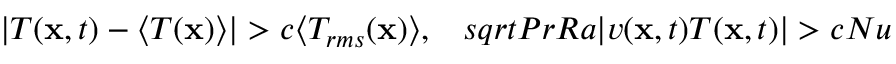
| T ( \mathbf { x } , t ) - \langle T ( \mathbf { x } ) \rangle | > c \langle T _ { r m s } ( \mathbf { x } ) \rangle , \ \ \, s q r t { P r R a } | v ( \mathbf { x } , t ) T ( \mathbf { x } , t ) | > c N u